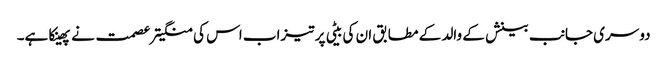
دوسری جانب بینش کے والد کے مطابق ان کی بیٹی پر تیزاب اس کی منگیتر عصمت نے پھینکا ہے۔